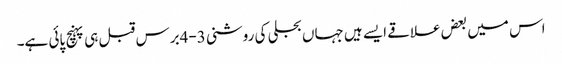
اس میں بعض علاقے ایسے ہیں جہاں بجلی کی روشنی 3-4برس قبل ہی پہنچ پائی ہے۔